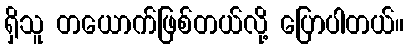
ရှိသူ တယောက်ဖြစ်တယ်လို့ ပြောပါတယ်။